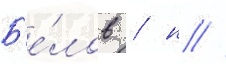
Б'е́лов / н //